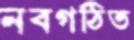
নবগঠিত